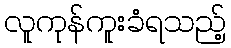
လူကုန်ကူးခံရသည့်